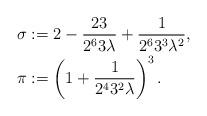
LaTeX: \begin{align*}\sigma &:= 2 - \frac{23}{2^63\lambda} + \frac{1}{2^63^3\lambda^2},\\\pi &:= \left( 1 + \frac{1}{2^43^2\lambda}\right)^3.\end{align*}